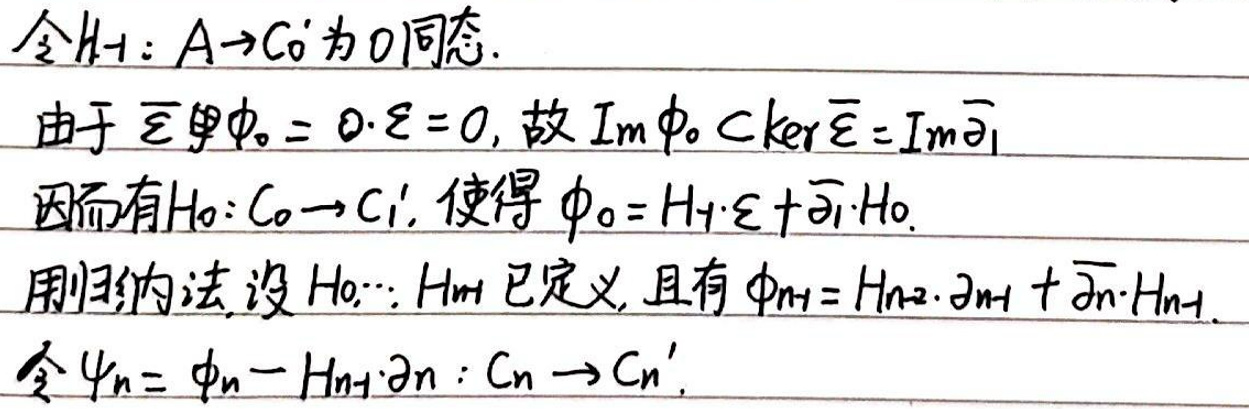
令\( H_{ - 1}:A\to C_0'  \)为 0 同态.\\
由于\( \overline{\varepsilon}\phi_0 = 0\cdot\varepsilon = 0, \)故\( Im\phi_0\subsetker\overline{\varepsilon}=Im\overline{\partial}_1\)\\
因而有\( H_0:C_0\to C_1', \)使得\( \phi_0 = H_{ - 1}\cdot\varepsilon+\overline{\partial}_1\cdot H_0.\)\\
用归纳法, 设\( H_0,\cdots,H_{n - 1} \)已定义, 且有\( \phi_{n - 1}=H_{n - 2}\cdot\partial_{n - 1}+\overline{\partial}_n\cdot H_{n - 1}.\)\\
令\( \psi_n=\phi_n - H_{n - 1}\cdot\partial_n:C_n\to C_n'.\)